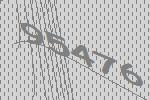
95476